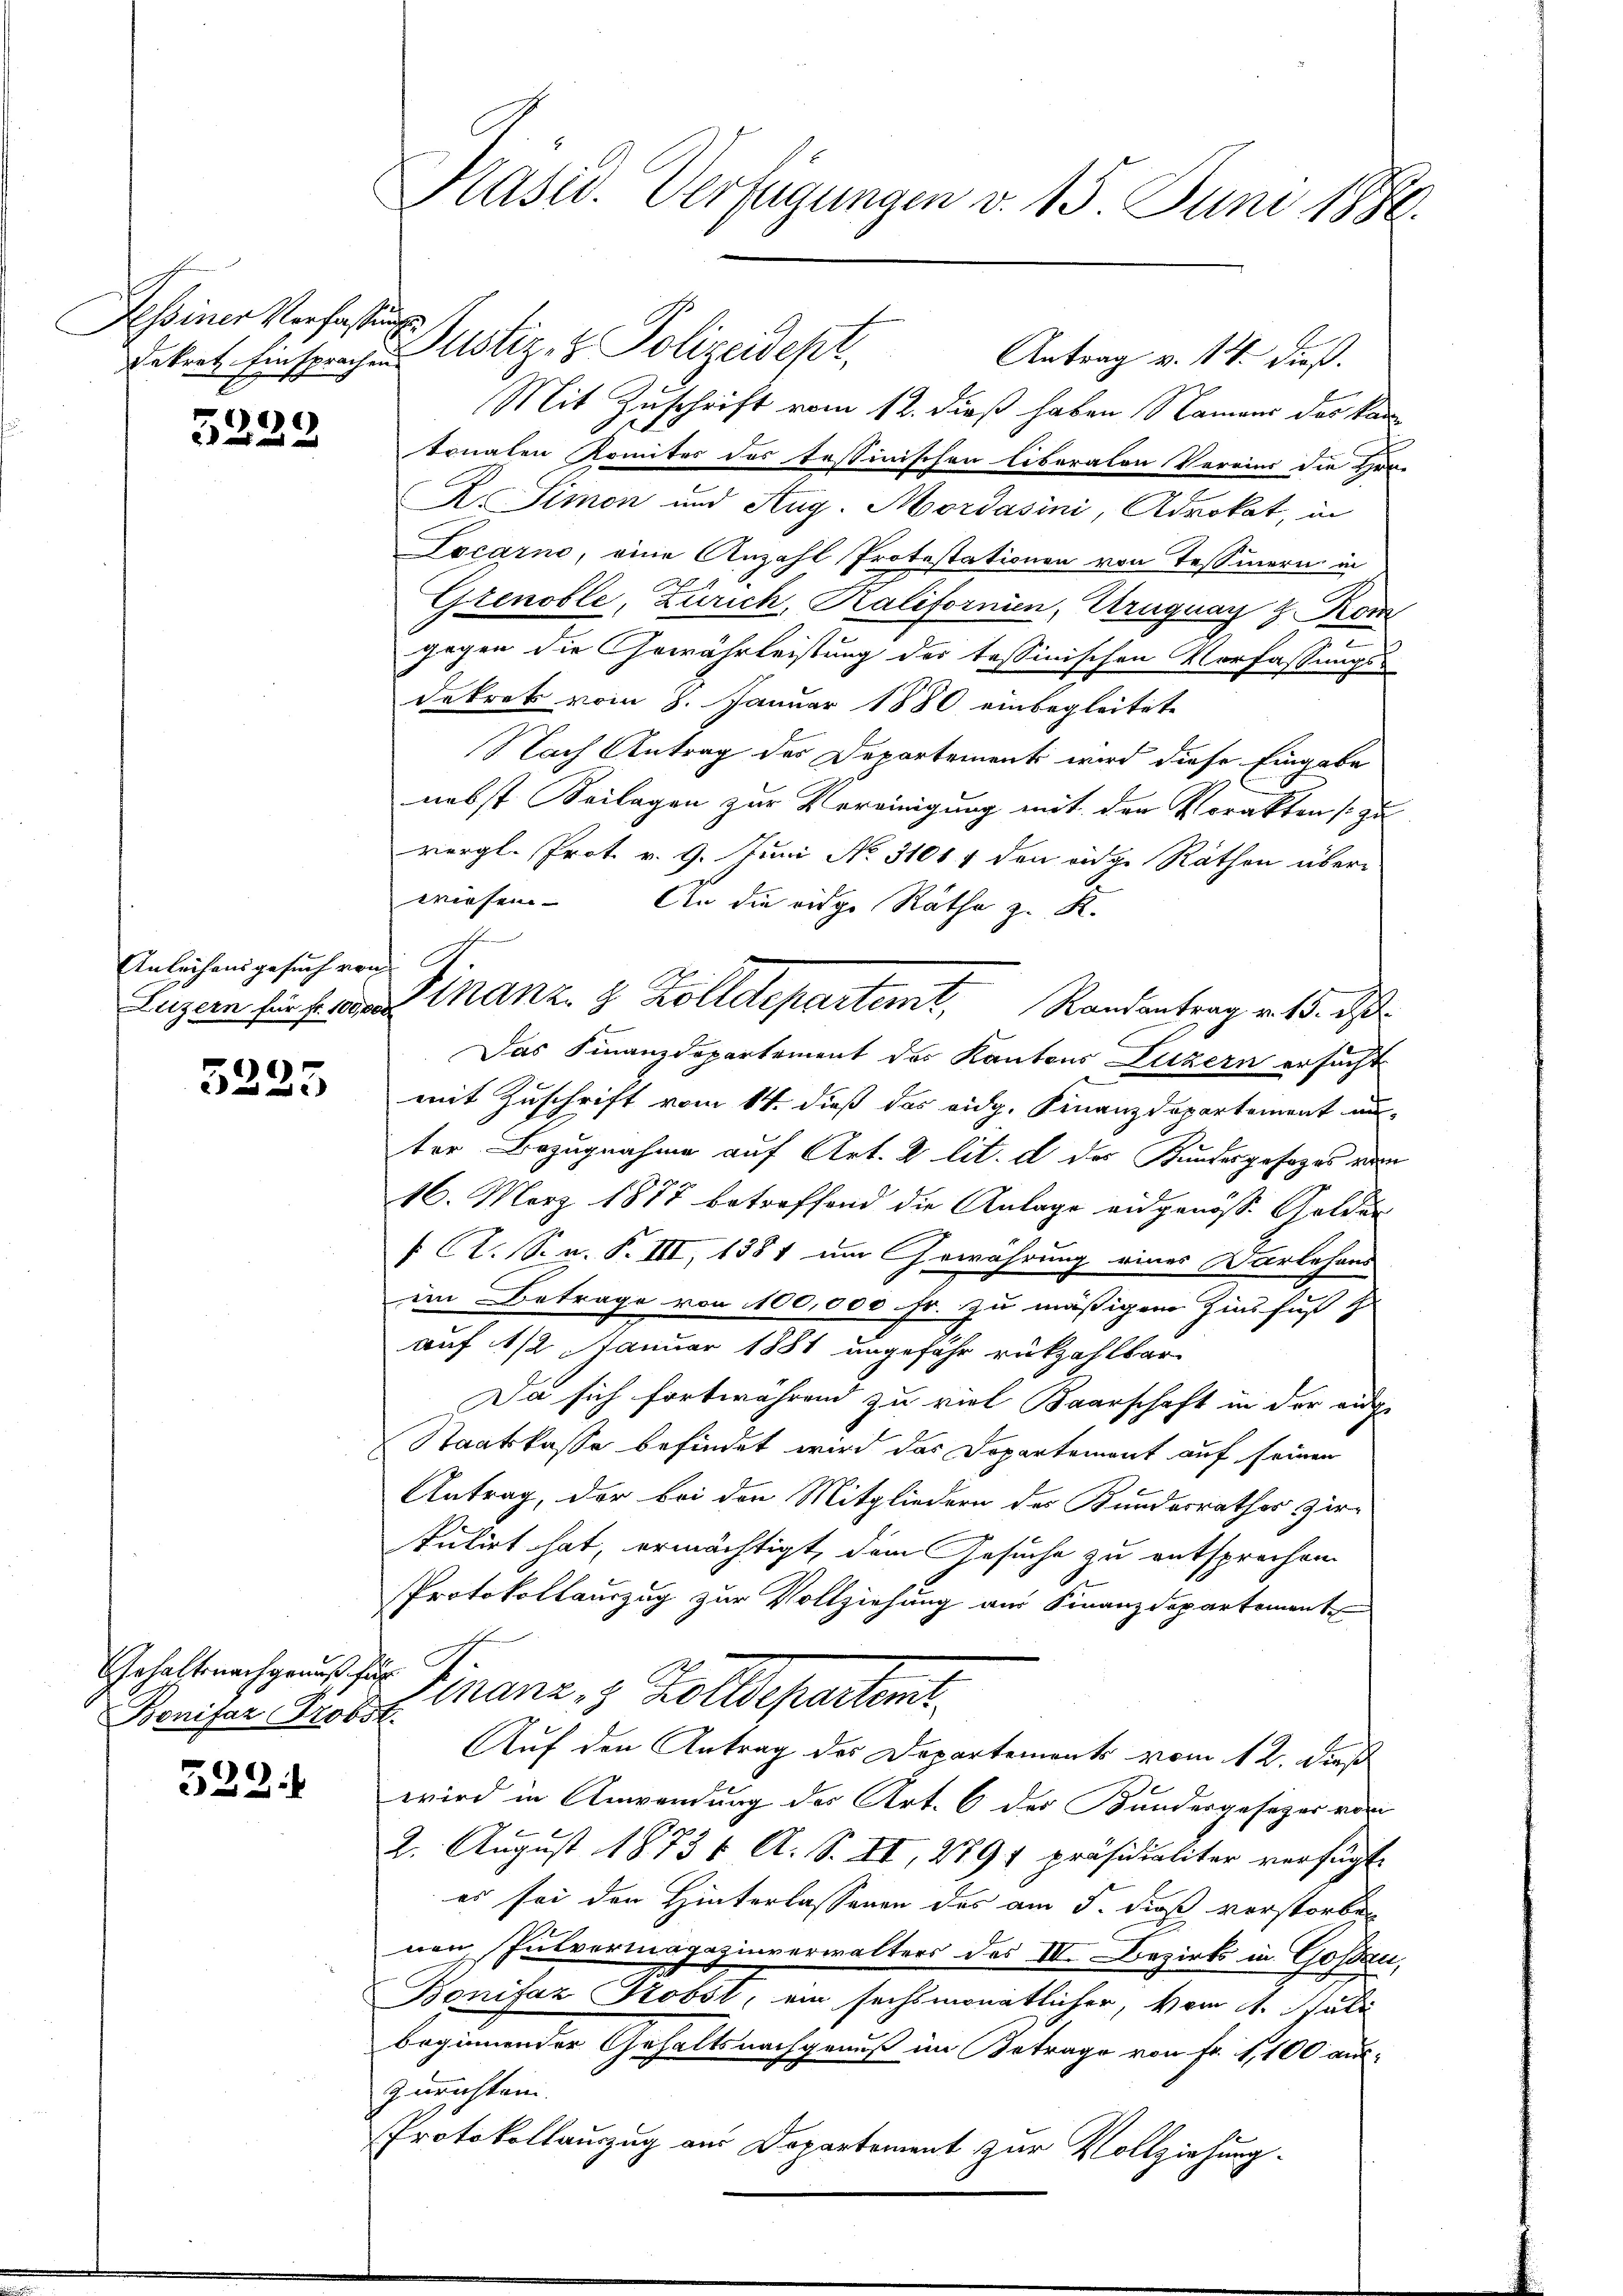
Tessiner Verfassungs
dekret Einsprachen

5232

Anleihensgesuch von St

3235

Gehaltsnachgenuß für
Bonifaz Trobst

522.1

Präsid. Verfügungen v. 15. Juni 1886.

Justiz- & Polizeidept.
Antrag v. 14. dieß.
Mit Zuschrift vom 12. dieß haben Namens der kan
tonalen Komiter des testinischen liberalen Vereins die Her-
R. Simon und Aug. Mordasini, Advokat, in
Locarno, eine Anzahl Protestationen von Tessinern in
Grenoble, Zürich, Kalifornien, Uruguay z Rom
gegen die Gewährleistung der tessinischen Vorfassungs-
dekret vom 8. Januar 1880 einbegleitete
Nach Antrag der Departements wird diese Eingabe
nebst Seilagen zur Vereinigung mit den Vorakten so zu
vergl. Prot. v. 9. Juni No 31017 den eidg. Räthen über
wiesen. An die eidge Räthe z. R.
Das Finanzdepartement des Kantons Luzern ersucht
mit Zuschrift vom 14. dieß das eidg. Finanzdepartement unter Bezugnahme auf Art. 2 lit. d der Kundesgesages vom
16. März 1877 betreffend die Anlage eidgenöss. Golder
[: C. S. n. F. III, 1381 um Gewährung eines Darlehens
im Betrage von 100,000 Fr. zu mäßigen Zinsfuß ihr
auf 1/2 Januar 1881 ungefähr rückzahlbar
Da sich fortwährend zu viel Baarschaft in der eige
Staatskasse befindet wird das Departement auf seinen
Antrag, der bei den Mitgliedern des Kundesrathes zir
tulirt hat, ermächtigt, dem Gesuche zu entsprechen.
Protokollauszug zur Vollziehung aus Finanzdepartement
Finanz, 9 Zolldepartent
Auf den Antrag des Departements vom 12. dieß
wird in Anwendung des Art. 6 der Kundergesezes von
2. August 1873 f. A. S. II, 279 f präsidialiter verfügt.
es sei den Hinterlassenen des am 5. dieß verstorben
nen Iutvormagazinverwalters des III. Bezirks in Gossau,
Bonifaz Kobst, ein sechsmonatlicher, vom 4. Juli
beginnender Gehaltsnachgenuß im Betrage von Fr. 1,100 aus-
Zurichten.
Protokollauszug aus Departement zur Vollziehung.

f

Luzern für sein Manz, 2 Zolldepartemt, Randantrag v. 15. ds.